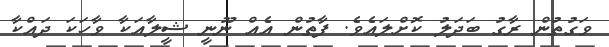
ވަގުތުން ރާގު ބަދަލު ކޮށްލައެވެ. ފާތުން އެއް ނޫނީ ޝީލާއަކާ ވާހަކަ ދައްކާ